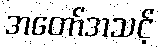
အတော်အသင့်